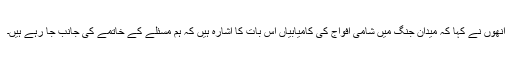
انھوں نے کہا کہ میدان جنگ میں شامی افواج کی کامیابیاں اس بات کا اشارہ ہیں کہ ہم مسئلے کے خاتمے کی جانب جا رہے ہیں۔